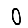
Digit: 0